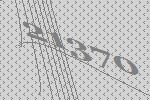
21370